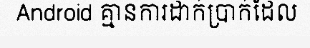
Android គ្មានការដាក់ប្រាក់ដែល